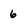
Character: 6